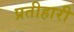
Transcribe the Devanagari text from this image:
प्रतीहारी